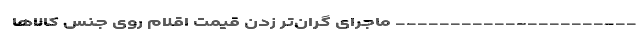
---------------------- ماجرای گران‌تر زدن قیمت اقلام روی جنس کالاها